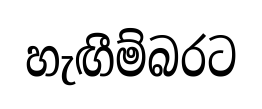
හැඟීම්බරට